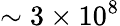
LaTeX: \sim 3\times 10^{8}